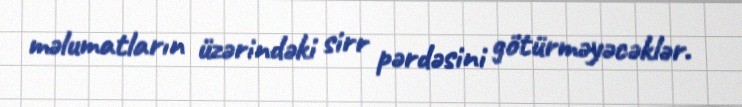
məlumatların üzərindəki sirr pərdəsini götürməyəcəklər.